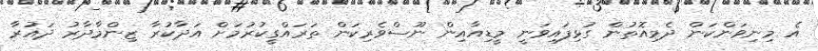
އެ މިނިވަންކަން ދެމިއޮތުން ގުޅިފައިވަނީ މީޑިއާއިން ނޫސްވެރިކަން ތަރައްގީކުރުމަށް އަދާކުރާ ޒިންމާދާރު ދައުރާ